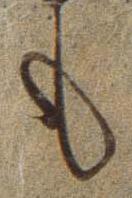
も